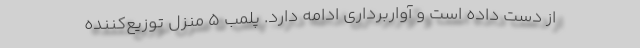
از دست داده است و آواربرداری ادامه دارد. پلمب ۵ منزلِ توزیع‌کننده